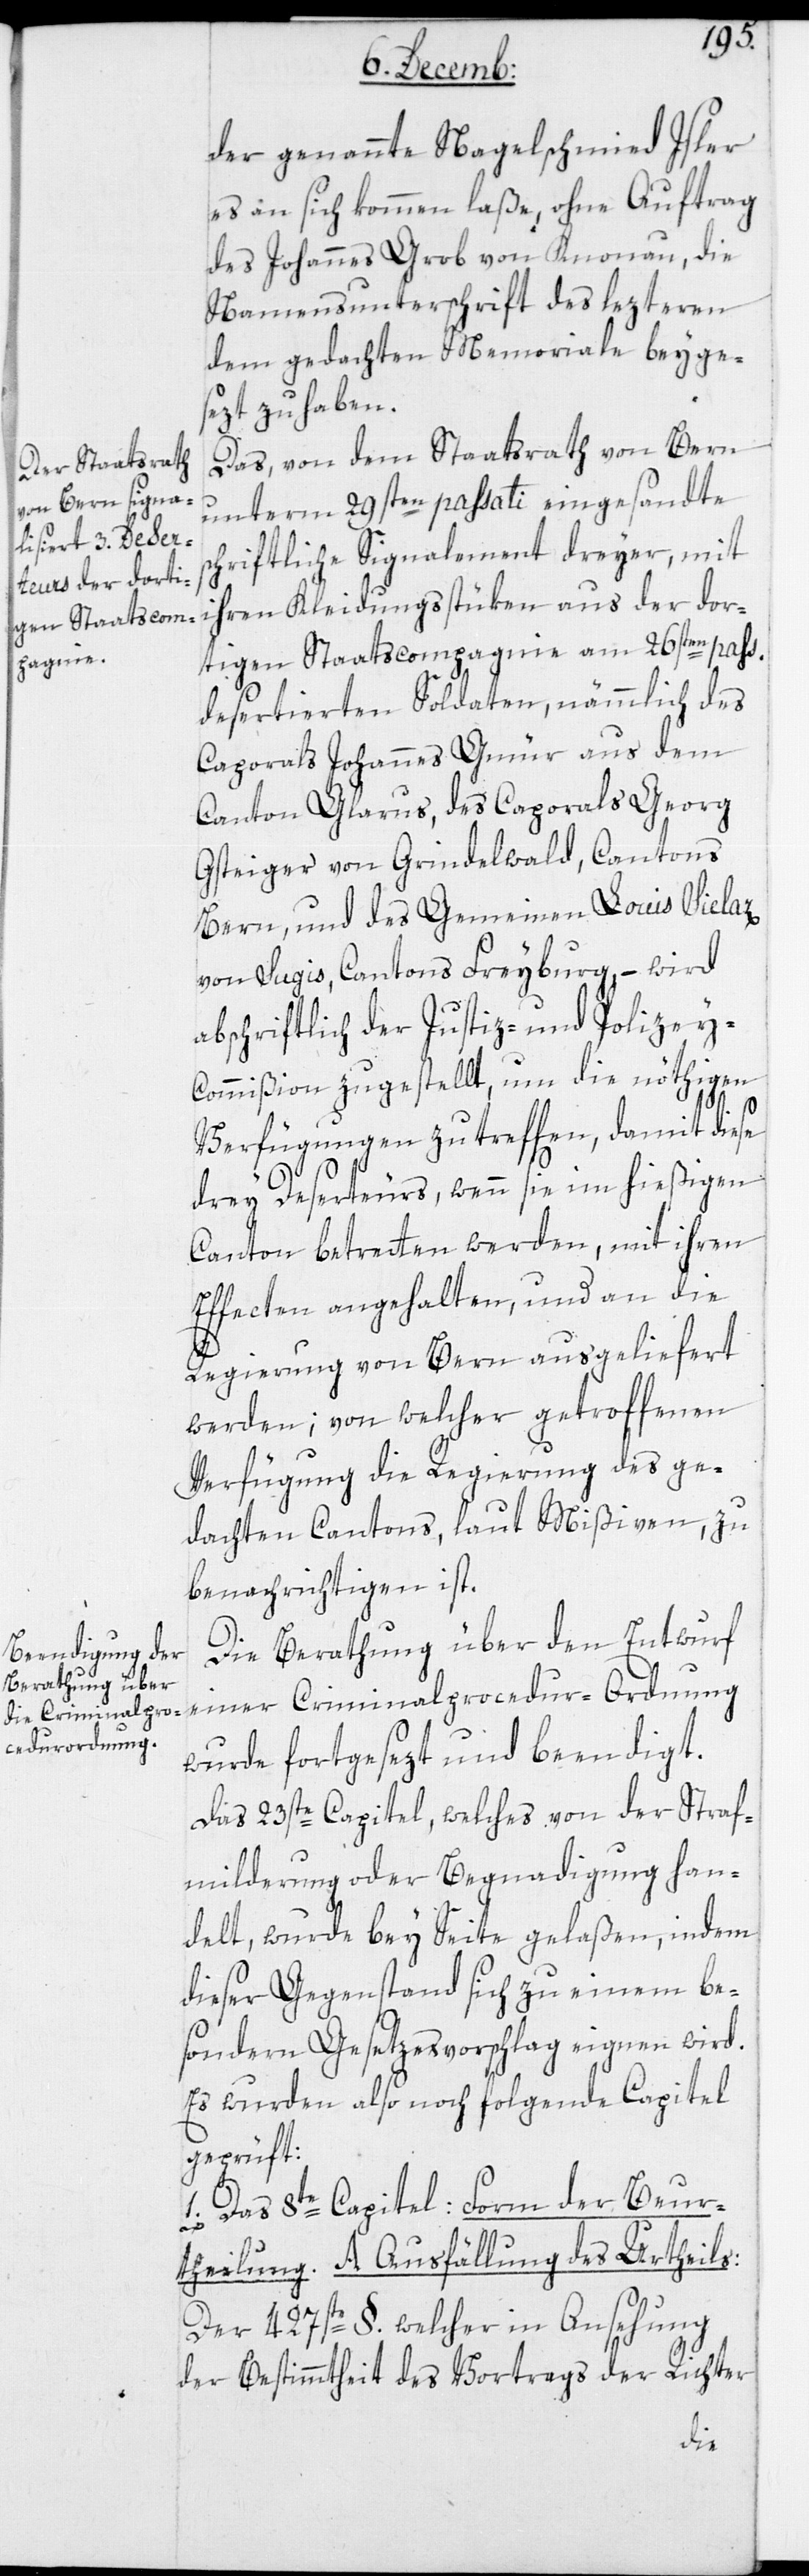
der genannte Nagelschmied Isler
es an sich kommen laße, ohne Auftrag
des Johannes Grob von Knonau, die
Namensunterschrift des lezteren
dem gedachten Memoriale beyge¬
sezt zu haben.
Das von dem Staatsrath von Bern
unterm 29sten passati eingesandte s¬
chriftliche Signalement dreyer, mit
ihren Kleidungsstüken aus der dor¬
tigen Staatscompagnie am 26sten pass¬
desertierten Soldaten, nämmlich des
Corporals Johannes Gmür aus dem
Canton Glarus, des Corporals Georg
Gsteiger von Grindelwald, Cantons
Bern, und des Gemeinen Louis Siclaz
von Lugis, Cantons Freyburg, – wird
abschriftlich der Justiz- und Polizey-C¬
ommißion zugestellt, um die nöthigen
Verfügungen zu treffen, damit diese
drey Deserteurs, wenn sie im hießigen
Canton betretten werden, mit ihren
Effecten angehalten und an die
Regierung von Bern ausgeliefert
werden; von welcher getroffenen
Verfügung die Regierung des ge¬
dachten Cantons, laut Mißiven, zu
benachrichtigen ist.
Die Berathung über den Entwurf
einer Criminalprozedur-Ordnung
wurde fortgesezt und beendigt.
Das 23ste Capitel, welches von der Straf¬
milderung oder Begnadigung han¬
delt, wurde bey Seite gelaßen, indem
dieser Gegenstand sich zu einem be¬
sondern Gesetzesvorschlag eignen wird.
Es wurden also noch folgende Capitel
geprüft:
1. Das 8te Capitel: Form der Beur¬
theilung. A. Ausfällung des Urtheils:
Der 427te §., welcher in Ansehung
der Bestimmtheit des Vortrags der Richter
ati